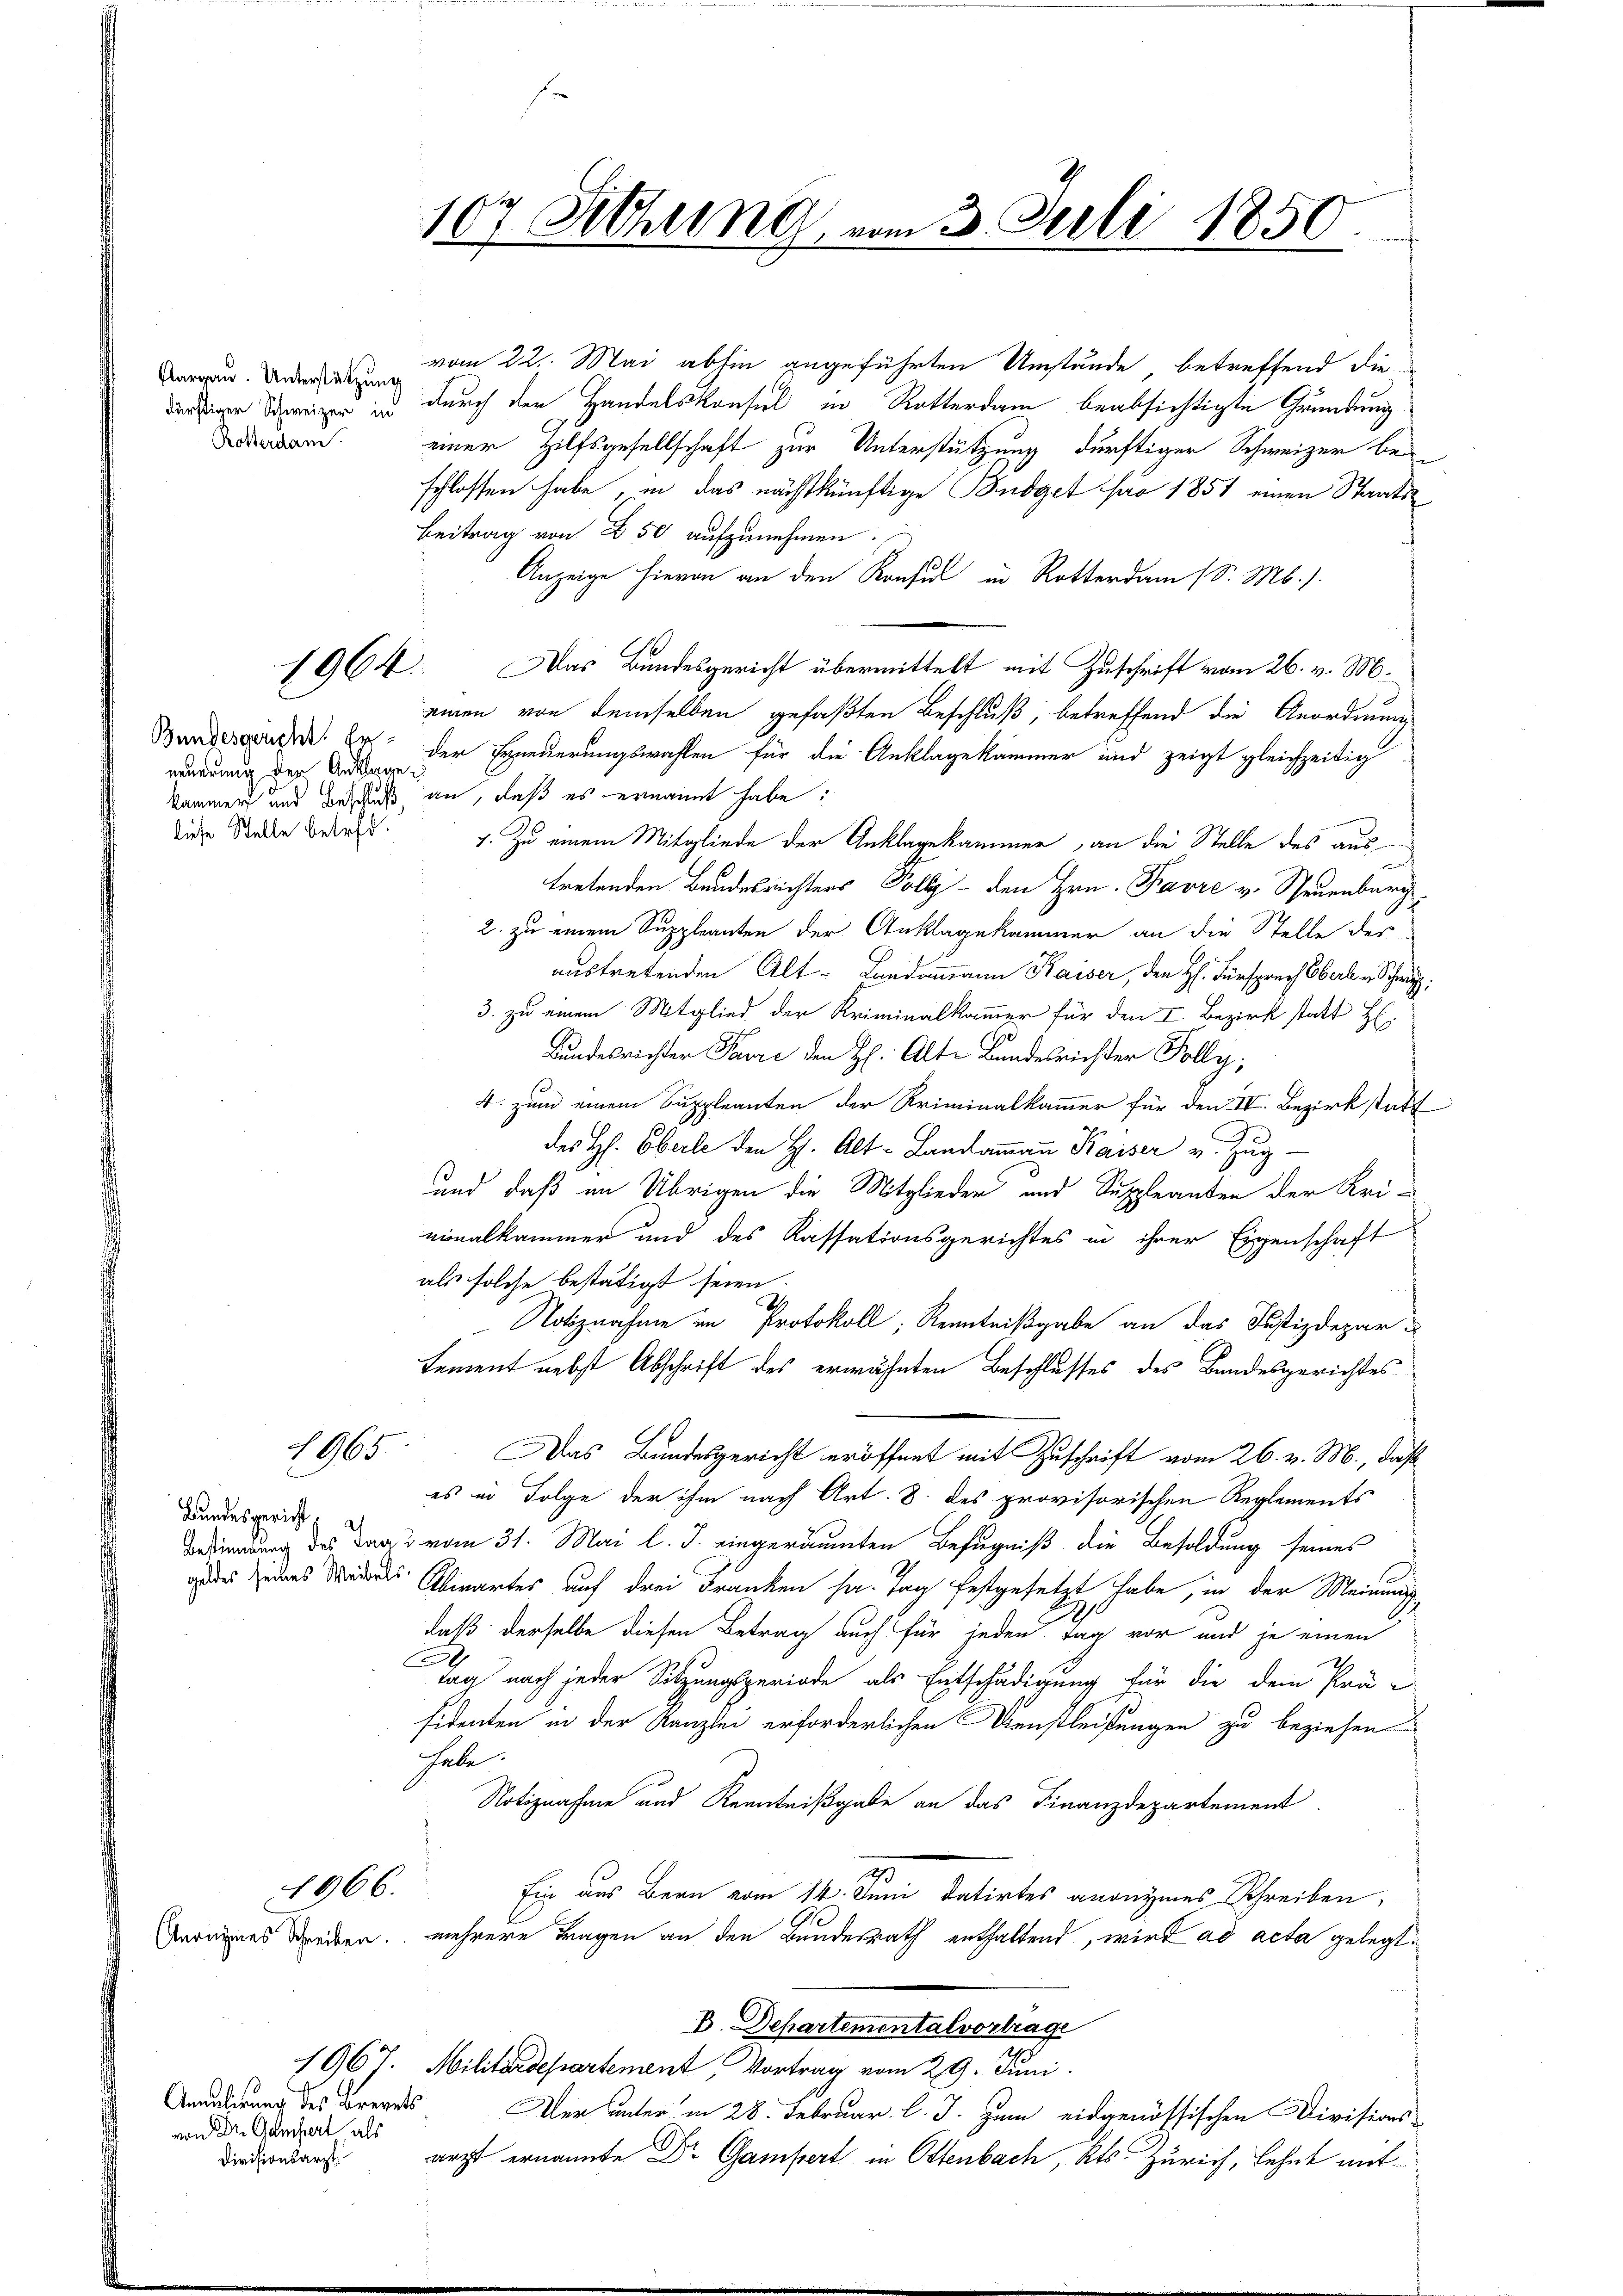
Aargau. Unterstützung
Rotterdam.

1964.

neuerung der Anklage.
diese Stelle betref¬

1965

Bundesgericht,

1966.

Angulirung des Brevets
von Dr. Gamhert als
Divisionsarzt.

107 Sitzung vom 3. Juli 1850.

vom 22. Mai abhin angeführten Umstände, betreffend die
driger Schweizen in durch der Handelskonsul in Rotterdam beabsichtigte Gründung
einer Hilfsgesellschaft zur Unterstützung dürftiger Schweizer beschlossen habe, in das nächstkünftige Budget pro 1851 einen Staats¬
Beitrag von 250 aufzunehmen.
Anzeige hievon an den Konsul in Rotterdam (S. M.)
Das Bundesgericht übermittelt mit Zuschrift vom 26. v. M.
einen von demselben gefaßten Beschluß, betreffend die Anordnung
Bundesgende Er, der Erneuerungswahlen für die Anklagekammer und zeigt gleichzeitig
kammen und Beschluß an, daß es ernannt habe:
7. Zu einem Mitgliede der Anklagekammer, an die Stelle des aus¬
A
tretenden Bundesrichters Polly - den Hrn. Favre v. Neuenburg
2. zu einem Suppleanten der Anklagekammer an die Stelle der
austretenden Alt-Landammann Kaiser, den H. Fürsprech Oberl v. Sch
3. zu einem Mitglied der Kriminalkammer für den I. Bezirk statt H
Bundesrichter Parre den H: Alte Bandesrichter Folly,
4. zum einem Suppleanten der Kriminalkammer für den IV. Bezirk statt
des H. Oberle den H. Alt-Landammann Kaiser u. Zŭg
und daß im Übrigen die Mitglieder und Suppleanden der Uriminalkammer und des Kassationsgerichtes in ihrer Eigenschaft
als solche bestätigt seien
A.
Notiznahme im Protokoll, Kenntnißgabe an das Justizdepar-
Lement nebst Abschrift des erwähnten Beschlusses des Bandesgerichtes
Das Bundesgericht eröffnet mit Zuschrift vom 26. v. M., daß
es in Folge der ihm nach Art. 8. des provisorischen Reglements
Bebindung des Dans vom 31. Mai l. J. eingeräumten Befugniß die Besoldung seines
eses des Abwartes auf drei Franken h. Tag festgesetzt habe, in der Meinung
.
daß derselbe diesen Betrag auch für jeden Tag vor und je einen
.
tag nach jeder Sitzungsperiode als Entschädigung für die dem Prä-
sidenten in der Kanzlei erforderlichen Dienstleistungen zu beziehen
habe.
Notiznahme und Kenntnißgabe an das Finanzdepartement.
Ein aus Bern vom 14. Juni datirtes anonymes Schreiben,
G
Vereines Streiben. mehrere Tragen an den Bundesrath enthaltend, wird ad acta gelegt.
B. Departementalvortrage
2
1967. Militärdepartement, Vortrag vom 29. Juni
Der unter in 28. Februar l. J. zum eidgenössischen Divisions-
arzt ernannte Dr. Gampert in Ottenbach, Kts. Zürich, lehnt mit